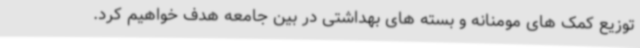
توزیع کمک های مومنانه و بسته های بهداشتی در بین جامعه هدف خواهیم کرد.